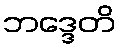
ဘဒ္ဒေတိ